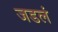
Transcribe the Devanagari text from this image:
जडलं